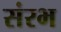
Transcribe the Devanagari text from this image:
संरभ